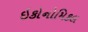
ઇકોનોમિકલ